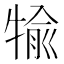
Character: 𤚎